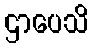
ဌာပေသိ